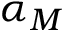
\alpha _ { M }